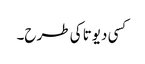
کسی دیوتا کی طرح۔